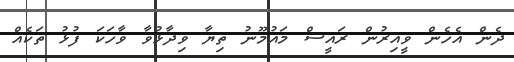
ދެން އެހެން ވީއިރުން ރައީސް މައުމޫނު ތިޔާ ވިދާޅުވާ ވާހަކަ ފުޅު ތަކެއް